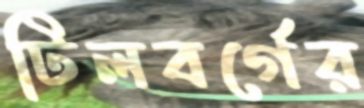
টিলবর্গের